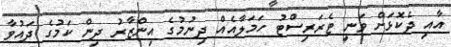
އާއި ދެކޮޅަށް ވަނީ ޓެރަރިސްޓު ހަމަލާއެއް ދިނުމުގެ އިންޒާރު ދިން ކަމުގެ ދައުވާ